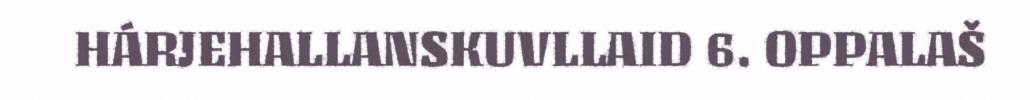
HÁRJEHALLANSKUVLLAID 6. OPPALAŠ